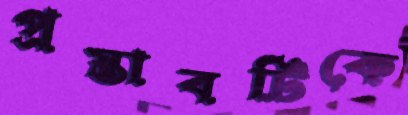
প্রস্তাবটিকে